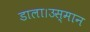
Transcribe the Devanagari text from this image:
डाला।उस्मान